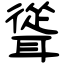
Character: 聳